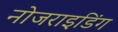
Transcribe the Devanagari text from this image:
नोजराइडिंग